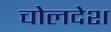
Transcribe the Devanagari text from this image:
चोलदेश